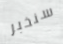
سنخبر